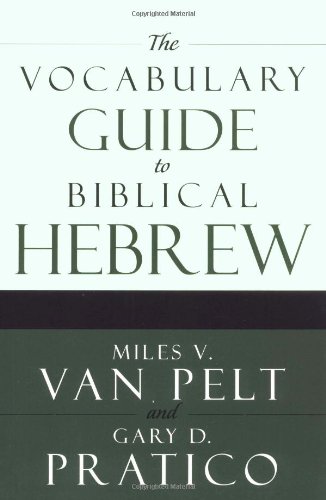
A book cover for The Vocabulary Guide to Biblical Hebrew; Miles V. Van Pelt; Christian Books & Bibles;